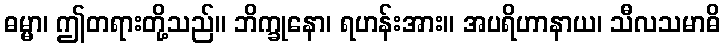
ဓမ္မာ၊ ဤတရားတို့သည်။ ဘိက္ခုနော၊ ရဟန်းအား။ အပရိဟာနာယ၊ သီလသမာဓိ